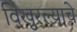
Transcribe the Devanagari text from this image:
विखुरल्याचे